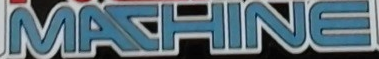
MACHINE